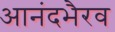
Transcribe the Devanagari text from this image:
आनंदभैरव